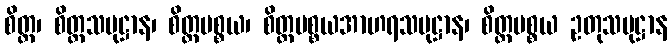
စိတ္တ၊ စိတ္တသမုဋ္ဌာန၊ စိတ္တပစ္စယ၊ စိတ္တပစ္စယအာဟရသမုဋ္ဌာန၊ စိတ္တပစ္စယ ဥတုသမုဋ္ဌာန